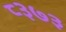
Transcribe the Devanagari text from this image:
८३७३